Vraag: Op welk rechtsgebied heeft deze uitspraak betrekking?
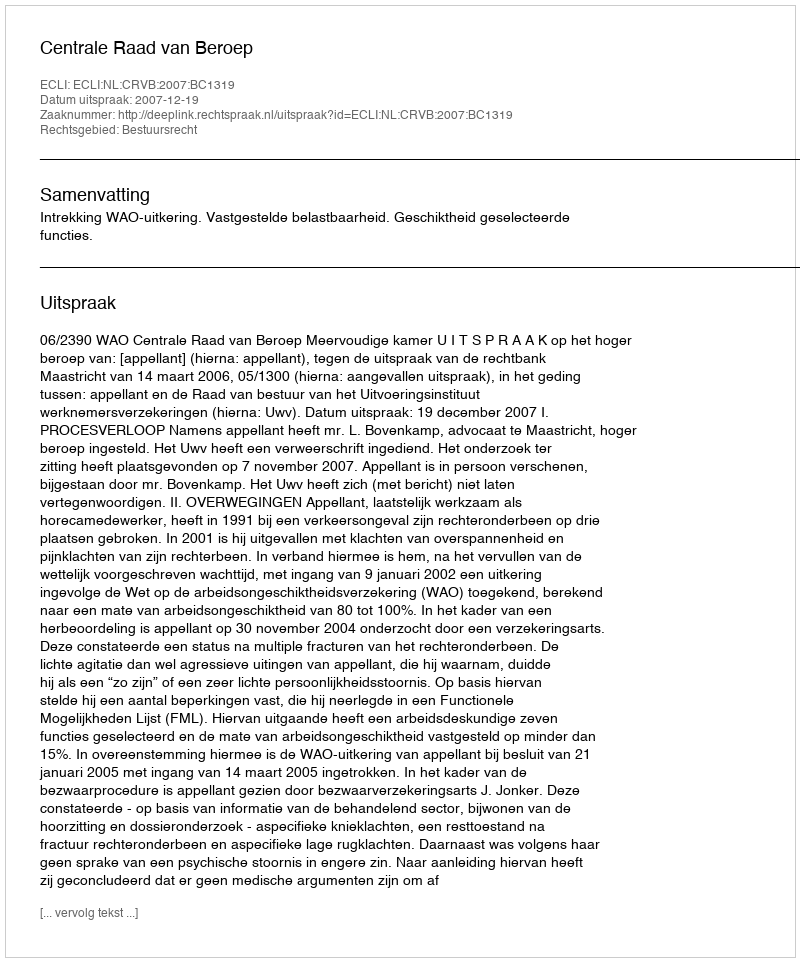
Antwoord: Bestuursrecht